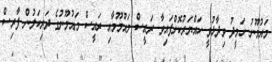
މައުމޫނު ހަމީދު ވިދާޅުވީ ހައްޔަރުކޮށްފައިވާ ރައީސް މައުމޫމާއި ރައީސް މައުމޫނުގެ ދަރިކަލުން ފާރިސް